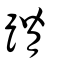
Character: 蹐